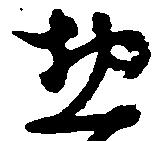
惣